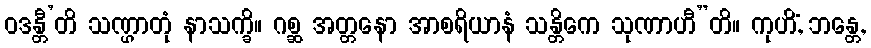
ဝဒန္တီ’တိ သဏ္ဌာတုံ နာသက္ခိ။ ဂစ္ဆ အတ္တနော အာစရိယာနံ သန္တိကေ သုဏာဟီ”တိ။ ကုဟိံ, ဘန္တေ,